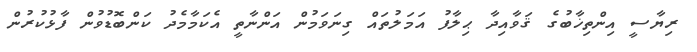
ރިޔާސީ އިންތިޚާބުގެ ޤަވާއިދާ ޙިލާފު އަމަލުތައް ގިނަވަމުން އަންނާތީ އެކަމާމެދު ކަންބޮޑުވުން ފާޅުކުރުން